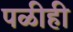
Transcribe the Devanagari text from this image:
पळीही